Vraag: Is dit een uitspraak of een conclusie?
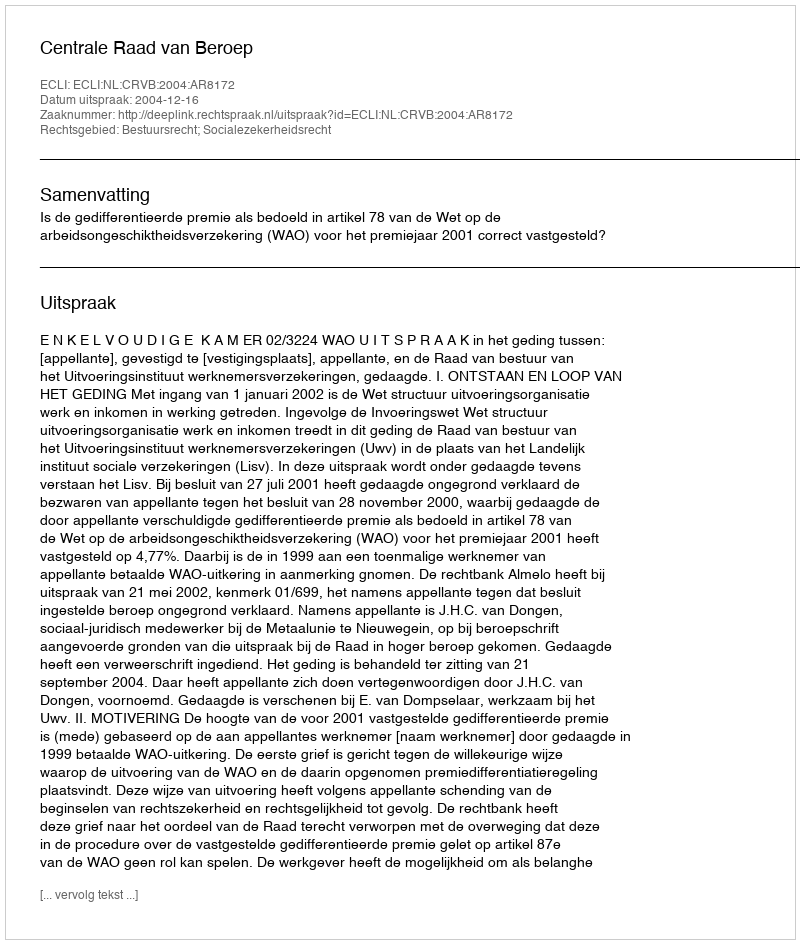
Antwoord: Uitspraak